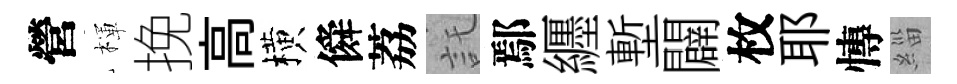
營楎挽高横僢荔託鄢纒塹闢枚耶慱緇